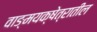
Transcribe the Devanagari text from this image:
वाङ्मयक्षेत्रातील